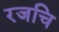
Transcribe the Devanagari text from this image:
रजचि